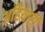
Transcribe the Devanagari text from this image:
अहियारी